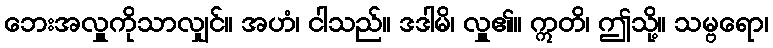
ဘေးအလှူကိုသာလျှင်။ အဟံ၊ ငါသည်။ ဒဒါမိ၊ လှူ၏။ ဣတိ၊ ဤသို့။ သမ္ဗရော၊